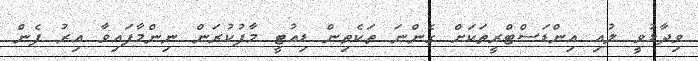
ވިދާޅުވީ ލުއި އިންޑަސްޓްރީތަކަށް ގެންނަ ތަކެތިން ޑިއުޓީ މާފުކުރަން ނިންމާފައިވާ އިރު ފެން